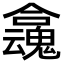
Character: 𡄬